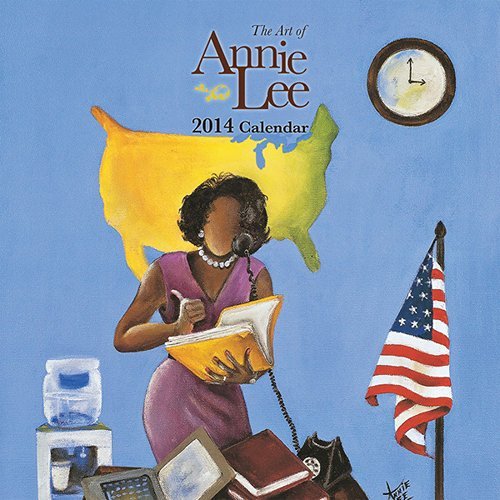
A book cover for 2014 Art of Annie Lee Wall; Shades of Color; Calendars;